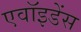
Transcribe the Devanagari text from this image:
एवॉइडेंस